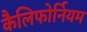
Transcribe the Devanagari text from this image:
कैलिफोर्नियम